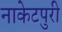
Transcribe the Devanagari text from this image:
नाकेटपुरी